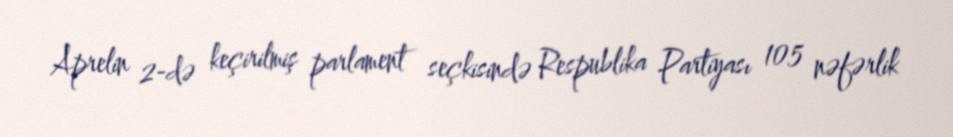
Aprelin 2-də keçirilmiş parlament seçkisində Respublika Partiyası 105 nəfərlik